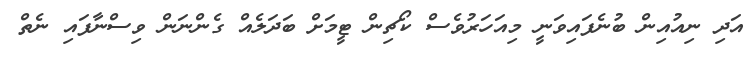
އަދި ނިއުއިން ބުނެފައިވަނީ މިއަހަރުވެސް ކޯޗިން ޓީމަށް ބަދަލެއް ގެންނަން ވިސްނާފައި ނެތް